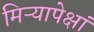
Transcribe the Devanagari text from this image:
मिऱ्यापेक्षां